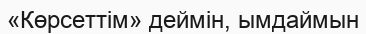
«Көрсеттім» деймін, ымдаймын